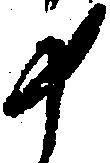
十